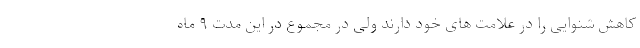
کاهش شنوایی را در علامت های خود دارند ولی در مجموع در این مدت ۹ ماه